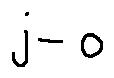
j - o